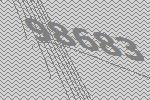
98683